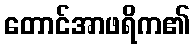
တောင်အာဖရိက၏